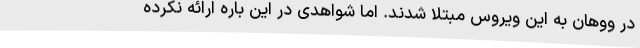
در ووهان به این ویروس مبتلا شدند. اما شواهدی در این باره ارائه نکرده